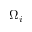
\Omega _ { i }